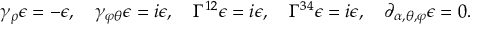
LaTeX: \gamma _ { \rho } \epsilon = - \epsilon , \quad \gamma _ { \varphi \theta } \epsilon = i \epsilon , \quad \Gamma ^ { 1 2 } \epsilon = i \epsilon , \quad \Gamma ^ { 3 4 } \epsilon = i \epsilon , \quad \partial _ { \alpha , \theta , \varphi } \epsilon = 0 .